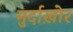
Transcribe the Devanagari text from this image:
मुर्दाख़ोर